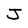
Character: J